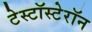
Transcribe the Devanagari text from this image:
टेस्टॉस्टेरॉन